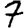
Digit: 7